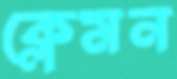
ক্লেমন